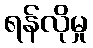
ရန်လိုမှု